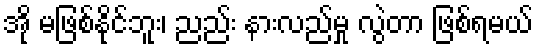
အို မဖြစ်နိုင်ဘူး၊ ညည်း နားလည်မှု လွဲတာ ဖြစ်ရမယ်